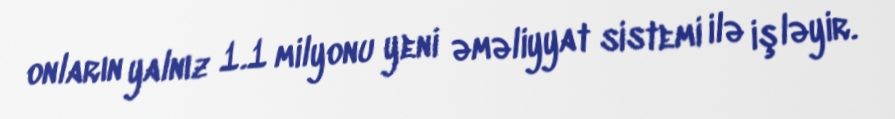
onların yalnız 1.1 milyonu yeni əməliyyat sistemi ilə işləyir.